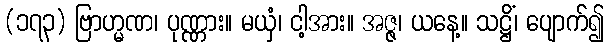
(၁၇၃) ဗြာဟ္မဏ၊ ပုဏ္ဏား။ မယှံ၊ ငါ့အား။ အဇ္ဇ၊ ယနေ့။ သဋ္ဌိံ၊ ပျောက်၍